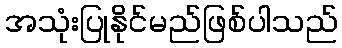
အသုံးပြုနိုင်မည်ဖြစ်ပါသည်